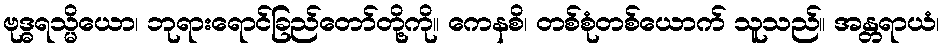
ဗုဒ္ဓရသ္မိယော၊ ဘုရားရောင်ခြည်တော်တို့ကို။ ကေနစိ၊ တစ်စုံတစ်ယောက် သူသည်။ အန္တရာယံ၊